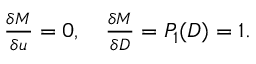
\begin{array} { r } { \frac { \delta M } { \delta u } = 0 , \quad \frac { \delta M } { \delta D } = P _ { 1 } ( D ) = 1 . } \end{array}